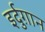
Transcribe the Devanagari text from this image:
इर्दुग़ान